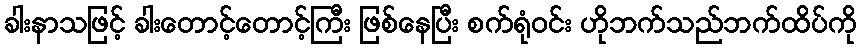
ခါးနာသဖြင့် ခါးတောင့်တောင့်ကြီး ဖြစ်နေပြီး စက်ရုံဝင်း ဟိုဘက်သည်ဘက်ထိပ်ကို